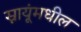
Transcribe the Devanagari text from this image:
स्नायूंमधील